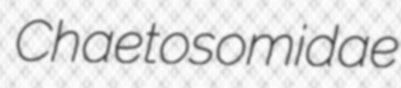
Chaetosomidae